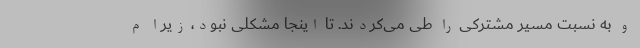
و به نسبت مسیر مشترکی را طی می‌کردند. تا اینجا مشکلی نبود، زیرا م